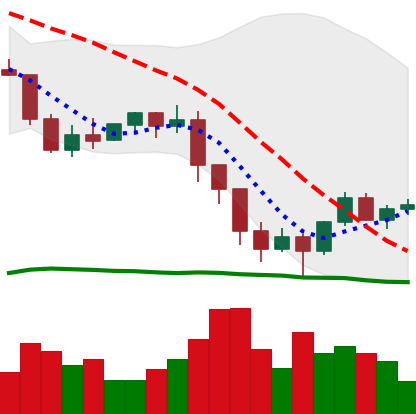
Ticker: ETH-USD
Chart end date: 2022-01-15
Forward return: -9.891%
Label: down_7plus